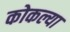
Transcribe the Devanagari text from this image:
कोकल्या